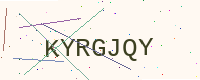
Text: KYRGJQY